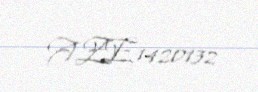
AZE1420132